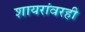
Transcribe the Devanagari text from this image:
शायरांवरही